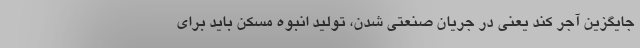
جایگزین آجر کند یعنی در جریان صنعتی شدن، تولید انبوه مسکن باید برای